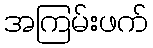
အကြမ်းဖက်